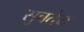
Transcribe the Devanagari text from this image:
सुचतेय